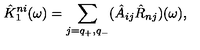
\hat { K } _ { 1 } ^ { n i } ( \omega ) = \sum _ { j = q _ { + } , q _ { - } } ( \hat { A } _ { i j } \hat { R } _ { n j } ) ( \omega ) ,